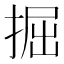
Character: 掘